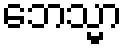
ဘေသ္မာ